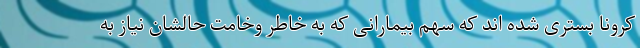
کرونا بستری شده اند که سهم بیمارانی که به خاطر وخامت حالشان نیاز به